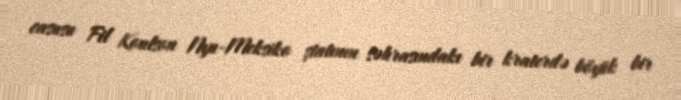
casusu Fil Koulson Nyu-Meksiko ştatının səhrasındakı bir kraterdə böyük bir